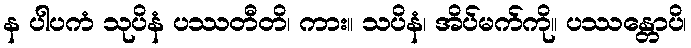
န ပါပကံ သုပိနံ ပဿတီတိ၊ ကား။ သပိနံ၊ အိပ်မက်ကို။ ပဿန္တောပိ၊